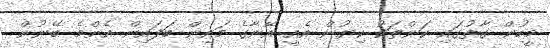
މީހުން ގާތުގައި ކަންތަކު ކިޔުން އެއީ އޭނާގެ މައިން ބަފައިން އެންމެ ބޭނުން